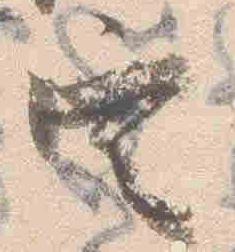
定